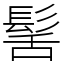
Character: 髺